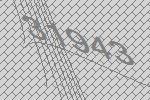
31943